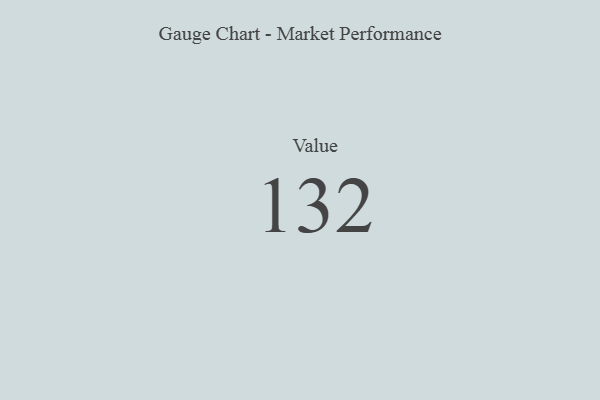
{"axis": {"x": "Metric", "y": "Value"}, "legend": [""], "data": [{"x": "Value", "y": 132, "type": ""}]}